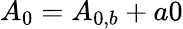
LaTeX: {A_{0}}={A_{0,b}}+a0